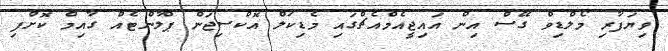
ވިޔަފާރި މޯލްޑިވް ގޭސް އިން އައިޖީއެމްއެޗްގައި މެޑިކަލް އޮކްސިޖަން ޕްލާންޓެއް ގާއިމް ކޮށްފި